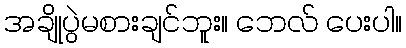
အချိုပွဲမစားချင်ဘူး။ ဘေလ် ပေးပါ။